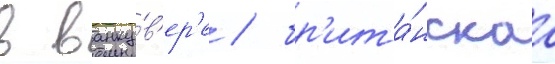
в ванку́в'ер'е / бр'ита́нскаа